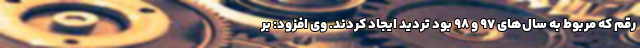
رقم که مربوط به سال‌های 97 و 98 بود تردید ایجاد کردند. وی افزود: بر